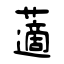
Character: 藡